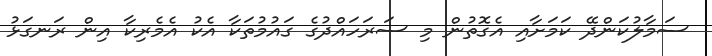
ސަމާލުކަންދޭ ކަމަށާއި އެގޮތުން މި ސަރަހައްދުގެ ގައުމުތަކާ އެކު އެމެރިކާ އިން ރަނގަޅު